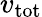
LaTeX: v_{\mathrm{tot}}